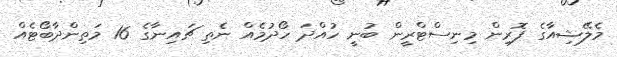
މެލޭޝިއާގެ ފޮރިން މިނިސްޓްރީން ބުނީ ހުއްދަ ހޯދުމެއް ނެތި ޗައިނާގެ 16 މަތިންދާބޯޓެއް